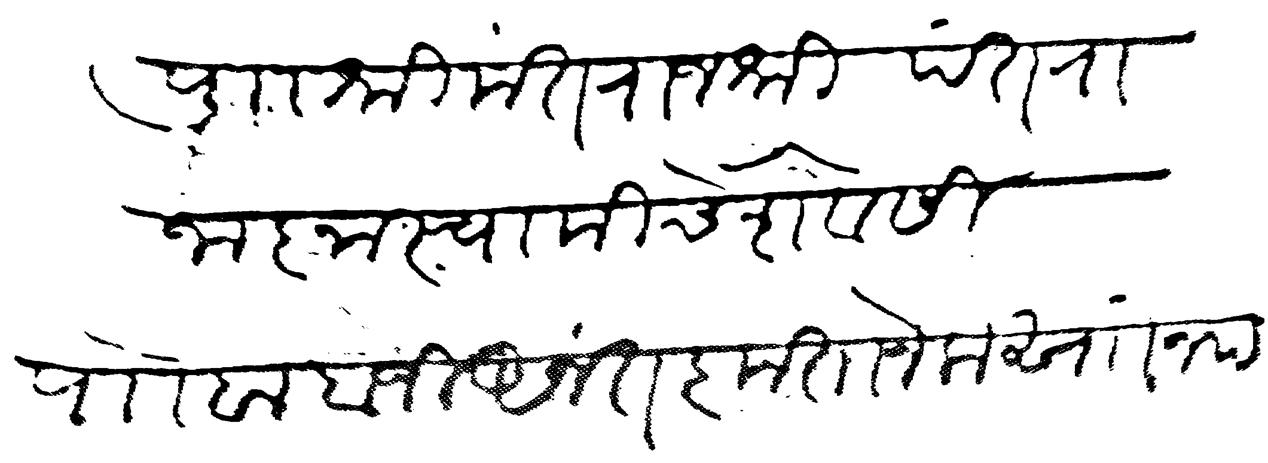
Transliteration (Devanagari): पु श्रीमंत राजश्री पंत राजाज्ञा स्वामीचे सेवेसी पाो बाबाजी अनंत कृतानेक सां नमस्कार